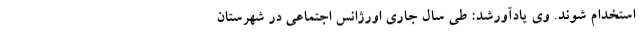
استخدام شوند. وی یادآورشد: طی سال جاری اورژانس اجتماعی در شهرستان